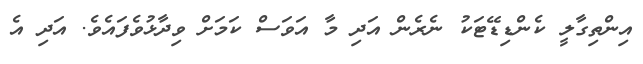
އިންތިގާލީ ކެންޑިޑޭޓަކު ނެރެން އަދި މާ އަވަސް ކަމަށް ވިދާޅުވެފައެވެ. އަދި އެ